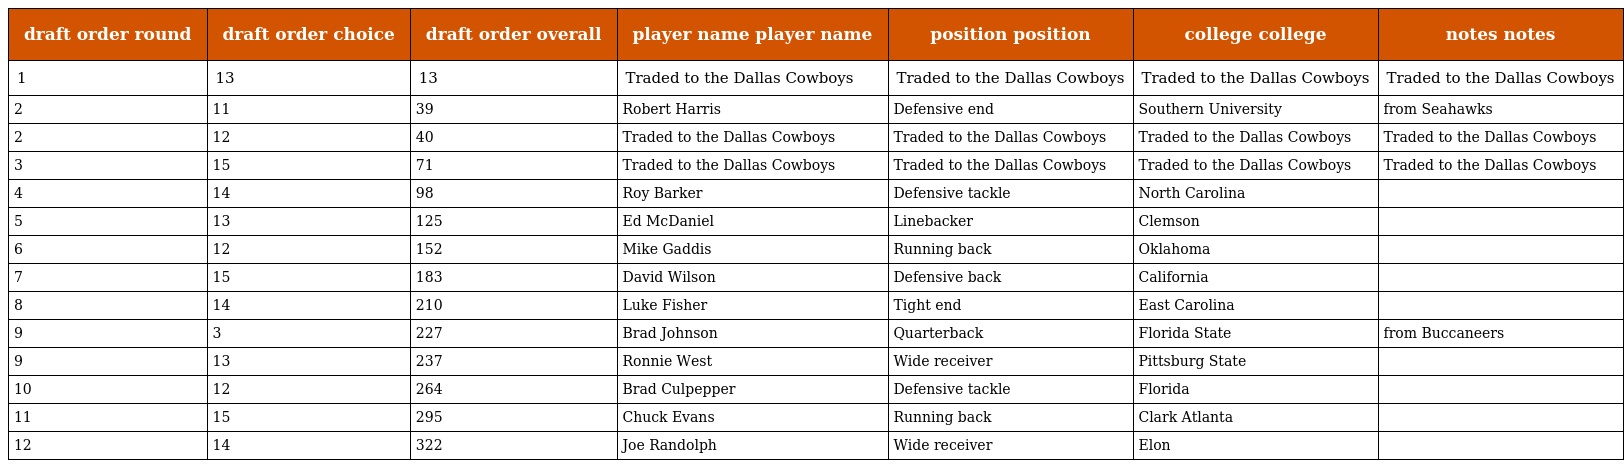
| draft order round | draft order choice | draft order overall | player name player name | position position | college college | notes notes |
 | --- | --- | --- | --- | --- | --- | --- |
 | 1 | 13 | 13 | Traded to the Dallas Cowboys | Traded to the Dallas Cowboys | Traded to the Dallas Cowboys | Traded to the Dallas Cowboys |
 | 2 | 11 | 39 | Robert Harris | Defensive end | Southern University | from Seahawks |
 | 2 | 12 | 40 | Traded to the Dallas Cowboys | Traded to the Dallas Cowboys | Traded to the Dallas Cowboys | Traded to the Dallas Cowboys |
 | 3 | 15 | 71 | Traded to the Dallas Cowboys | Traded to the Dallas Cowboys | Traded to the Dallas Cowboys | Traded to the Dallas Cowboys |
 | 4 | 14 | 98 | Roy Barker | Defensive tackle | North Carolina |  |
 | 5 | 13 | 125 | Ed McDaniel | Linebacker | Clemson |  |
 | 6 | 12 | 152 | Mike Gaddis | Running back | Oklahoma |  |
 | 7 | 15 | 183 | David Wilson | Defensive back | California |  |
 | 8 | 14 | 210 | Luke Fisher | Tight end | East Carolina |  |
 | 9 | 3 | 227 | Brad Johnson | Quarterback | Florida State | from Buccaneers |
 | 9 | 13 | 237 | Ronnie West | Wide receiver | Pittsburg State |  |
 | 10 | 12 | 264 | Brad Culpepper | Defensive tackle | Florida |  |
 | 11 | 15 | 295 | Chuck Evans | Running back | Clark Atlanta |  |
 | 12 | 14 | 322 | Joe Randolph | Wide receiver | Elon |  |